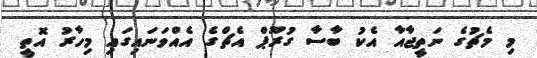
މި މެޗުގެ ނަތީޖާއާ އެކު ބާސާ ގުރޫޕް އެޗްގެ އެއްވަނައިގައި މިހާރު އޮތީ